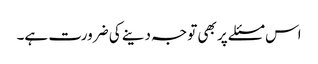
اس مسئلے پر بھی توجہ دینے کی ضرورت ہے۔